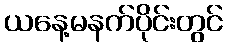
ယနေ့မနက်ပိုင်းတွင်